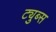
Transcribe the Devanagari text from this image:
ट्युब्स